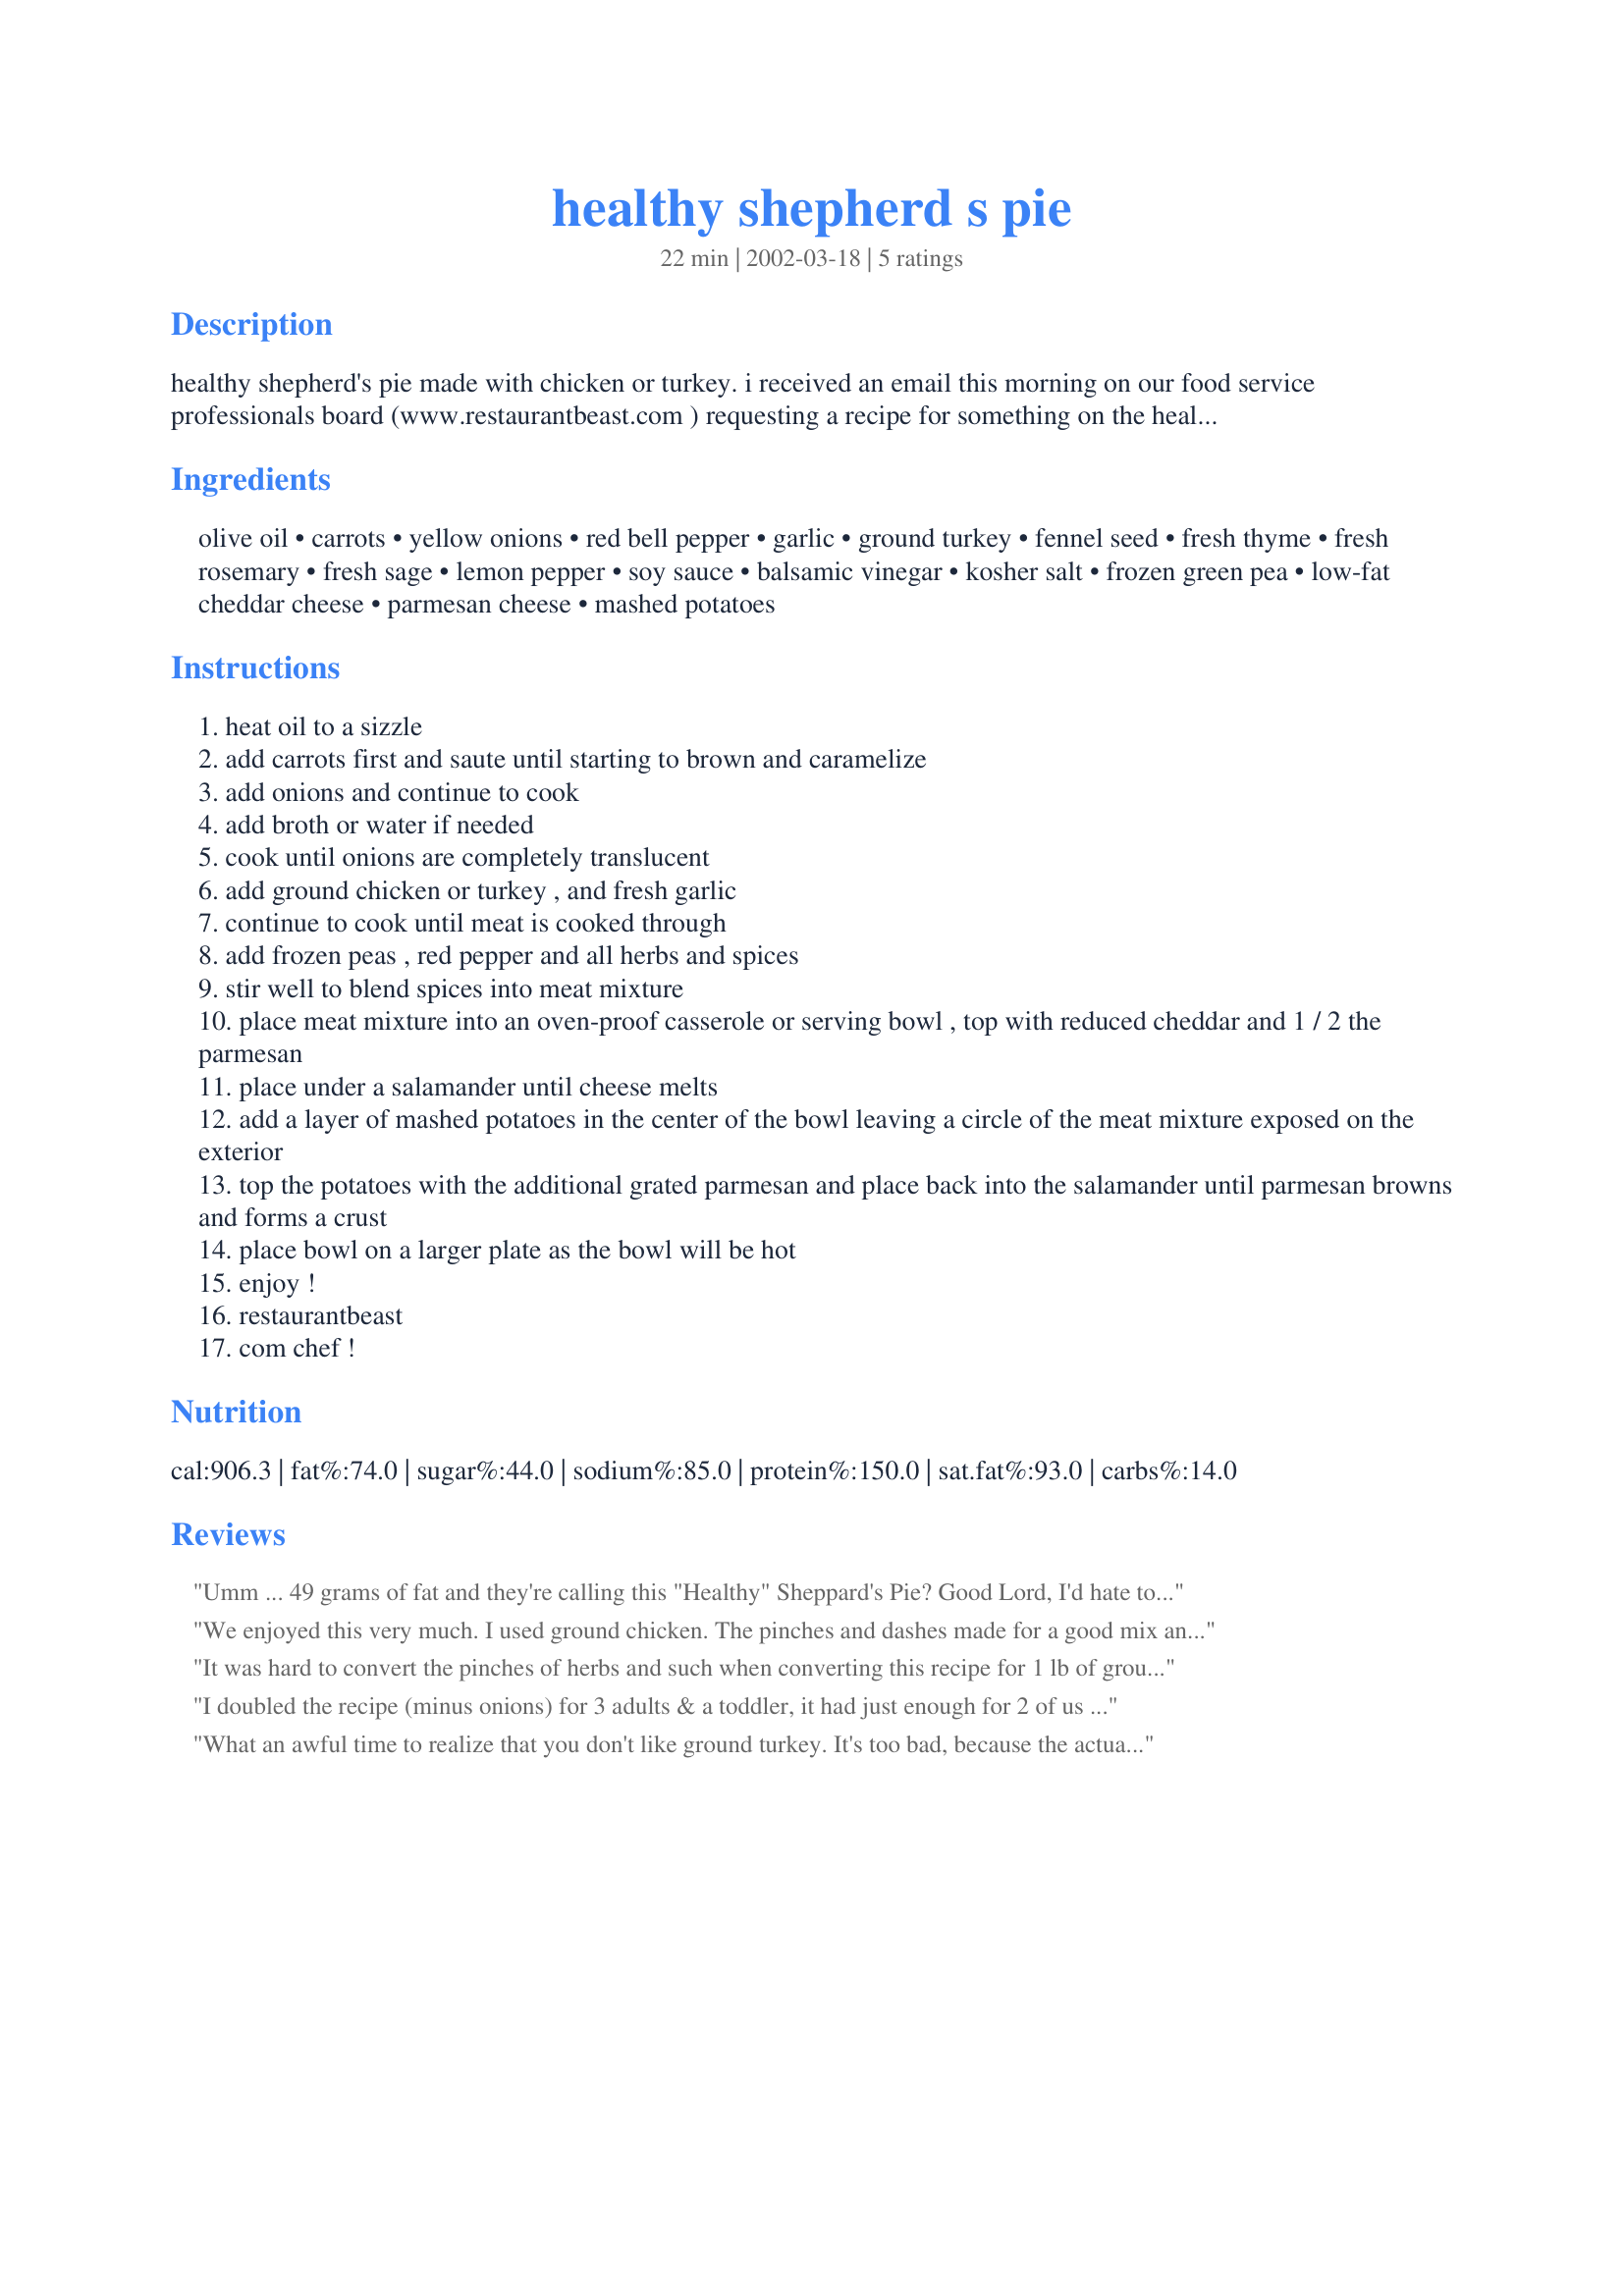
healthy shepherd s pie
Preparation time: 22 minutes

healthy shepherd's pie made with chicken or turkey. i received an email this morning on our food service professionals board (www.restaurantbeast.com ) requesting a recipe for something on the healthier side for st. patrick's day and thought i'd share here. ground turkey and ground chicken actually make a great healthy shepherd's pie.

Ingredients:
olive oil, carrots, yellow onions, red bell pepper, garlic, ground turkey, fennel seed, fresh thyme, fresh rosemary, fresh sage, lemon pepper, soy sauce, balsamic vinegar, kosher salt, frozen green pea, low-fat cheddar cheese, parmesan cheese, mashed potatoes

Steps:
heat oil to a sizzle
add carrots first and saute until starting to brown and caramelize
add onions and continue to cook
add broth or water if needed
cook until onions are completely translucent
add ground chicken or turkey , and fresh garlic
continue to cook until meat is cooked through
add frozen peas , red pepper and all herbs and spices
stir well to blend spices into meat mixture
place meat mixture into an oven-proof casserole or serving bowl , top with reduced cheddar and 1 / 2 the parmesan
place under a salamander until cheese melts
add a layer of mashed potatoes in the center of the bowl leaving a circle of the meat mixture exposed on the exterior
top the potatoes with the additional grated parmesan and place back into the salamander until parmesan browns and forms a crust
place bowl on a larger plate as the bowl will be hot
enjoy !
restaurantbeast
com chef !

Reviews:
Umm ... 49 grams of fat and they're calling this "Healthy" Sheppard's Pie? Good Lord, I'd hate to see the unhealthy version.
We enjoyed this very much. I used ground chicken. The pinches and dashes made for a good mix and the ability to use more of the ones we like best. Only one I missed was the fennel seed, had none. i will certainly make this again and probably fiddle with the spices. Thanks for sharing a good one.
It was hard to convert the pinches of herbs and such when converting this recipe for 1 lb of ground turkey. Other than that it was great! Very tasty my husband and toddler loved it.
Thanks TB for this recipe.
I doubled the recipe (minus onions) for 3 adults & a toddler, it had just enough for 2 of us to go back for leftovers. Everyone asked me to make it again, only with a little worcestershire next time. I do kind of question the "healthy" label glancing at the nutritional info, but I suppose with beef it would have been much fattier.
What an awful time to realize that you don't like ground turkey. It's too bad, because the actual recipe was great, but I found the taste of the ground turkey very overpowering and a little too much like hot dogs. I would possibly try this with ground chicken or lean ground beef (so much for healthy!)
